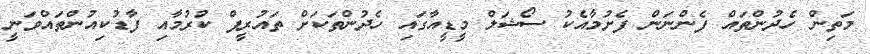
މަތިން ހެދުންތައް ފެންނަން ފެށުމާއެކު ސޯޝަލް މީޑީއާގައި ހެދުންތަކަށް ތައުރީފް ކުރުމާއި ފާޑުކިއުންތައްވަނީ